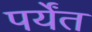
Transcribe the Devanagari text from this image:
पर्येंत